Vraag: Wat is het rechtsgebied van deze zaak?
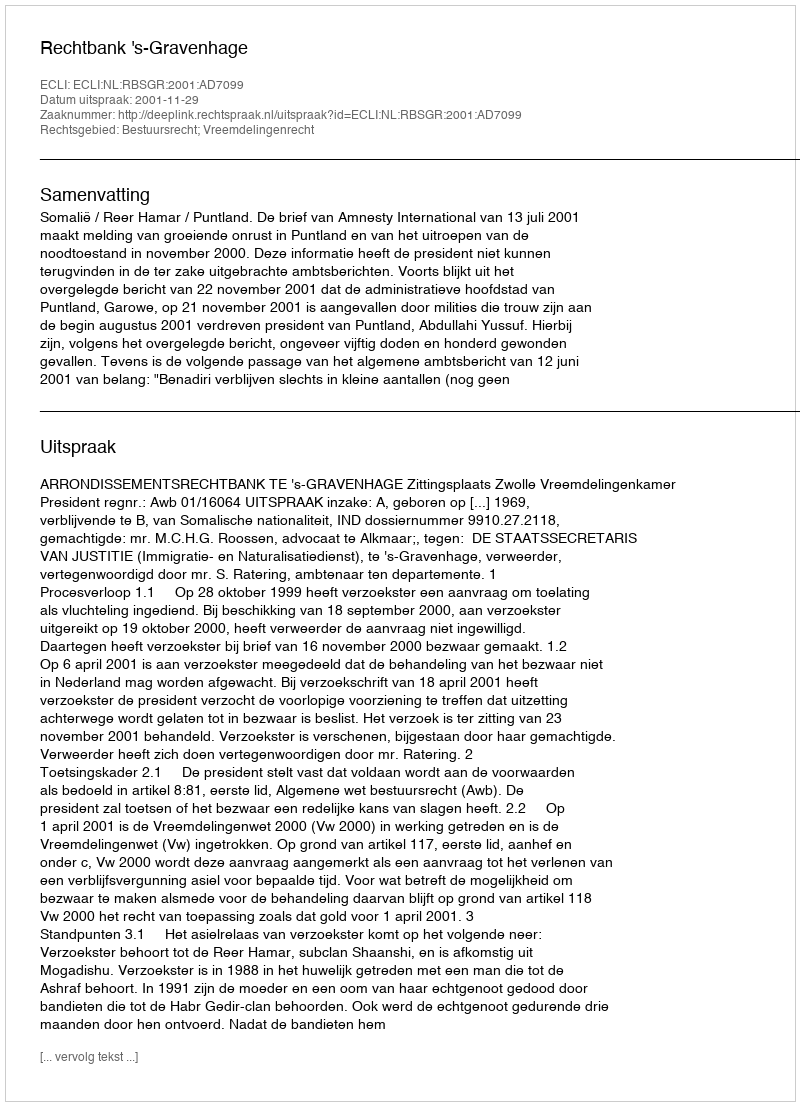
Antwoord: Bestuursrecht; Vreemdelingenrecht